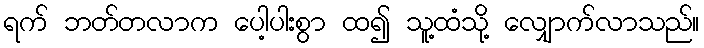
ရက် ဘတ်တလာက ပေါ့ပါးစွာ ထ၍ သူ့ထံသို့ လျှောက်လာသည်။